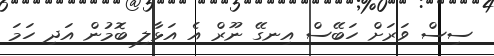
ސިސް ވަރަށް ހަބޭސް އިނގޭ ނޫރް އެ އަޅާލި ބޮމުން އަދި ހަމަ